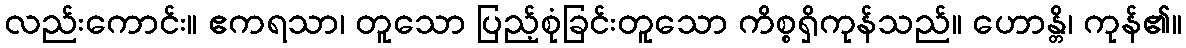
လည်းကောင်း။ ဧကရသာ၊ တူသော ပြည့်စုံခြင်းတူသော ကိစ္စရှိကုန်သည်။ ဟောန္တိ၊ ကုန်၏။